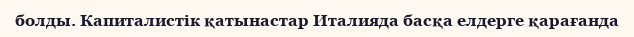
болды. Капиталистік қатынастар Италияда басқа елдерге қарағанда